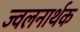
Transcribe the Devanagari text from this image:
ज्वलनार्थक